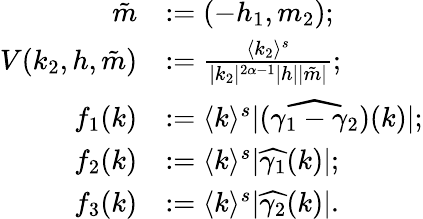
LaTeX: \begin{array}{rl}{\tilde{m}}&{:=(-h_{1},m_{2});}\\ {V(k_{2},h,\tilde{m})}&{:=\frac{\langle k_{2}\rangle^{s}}{|k_{2}|^{2\alpha-1}|h||\tilde{m}|};}\\ {f_{1}(k)}&{:=\langle k\rangle^{s}|(\widehat{\gamma_{1}-\gamma_{2}})(k)|;}\\ {f_{2}(k)}&{:=\langle k\rangle^{s}|\widehat{\gamma_{1}}(k)|;}\\ {f_{3}(k)}&{:=\langle k\rangle^{s}|\widehat{\gamma_{2}}(k)|.}\end{array}